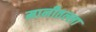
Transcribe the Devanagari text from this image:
मानीतल्ला